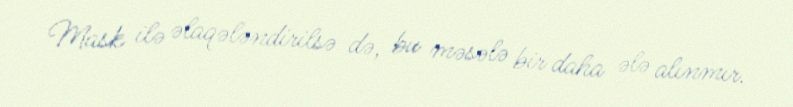
Mask ilə əlaqələndirilsə də, bu məsələ bir daha ələ alınmır.